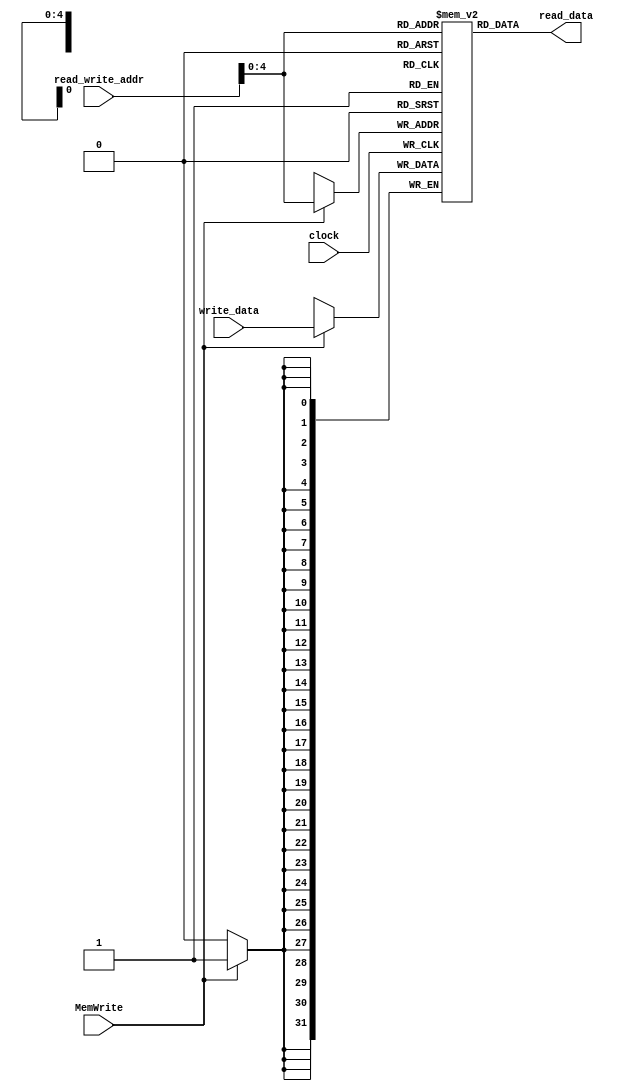
`timescale 1ns / 1ps

/*Assignment No. 7
  Semester 5
  Group No. 13
  Members : 
  		Arpit Jain (16CS10007)
		Eeshan Gupta (16CS30009)
*/
module DataMemory(
		read_write_addr,
		write_data,
		read_data,
		MemWrite,
		clock
	);

	input [31:0] read_write_addr;
	input [31:0] write_data;
	input MemWrite;
	output [31:0] read_data;
	input clock;
	
	/*
	bram1 DMemory (
	  .clka(clock), // input clka
	  .rsta({1'b0}), // input rsta
	  .wea(MemWrite), // input [0 : 0] wea
	  .addra(read_write_addr[8:0]), // input [8 : 0] addra
	  .dina(write_data), // input [31 : 0] dina
	  .douta(read_data) // output [31 : 0] douta
	);
	*/
	
	reg [31:0] DMemory [31:0];
	
	assign read_data = DMemory[read_write_addr[4:0]];

	always @(posedge clock)
	begin
		if(MemWrite)
			DMemory[read_write_addr[4:0]] <= write_data;
	end
	
endmodule